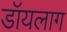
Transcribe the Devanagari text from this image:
डॉयलाग